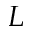
L